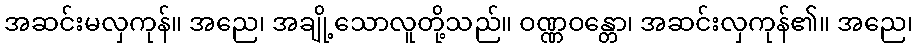
အဆင်းမလှကုန်။ အညေ၊ အချို့သောလူတို့သည်။ ဝဏ္ဏဝန္တော၊ အဆင်းလှကုန်၏။ အညေ၊